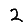
Digit: 2